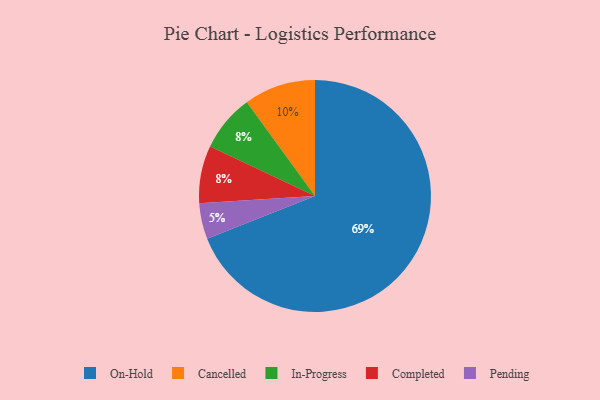
{"axis": {"x": "Category", "y": "Percentage"}, "legend": ["Cancelled", "Completed", "In-Progress", "On-Hold", "Pending"], "data": [{"x": "In-Progress", "y": 8, "type": "In-Progress"}, {"x": "On-Hold", "y": 69, "type": "On-Hold"}, {"x": "Completed", "y": 8, "type": "Completed"}, {"x": "Pending", "y": 5, "type": "Pending"}, {"x": "Cancelled", "y": 10, "type": "Cancelled"}]}